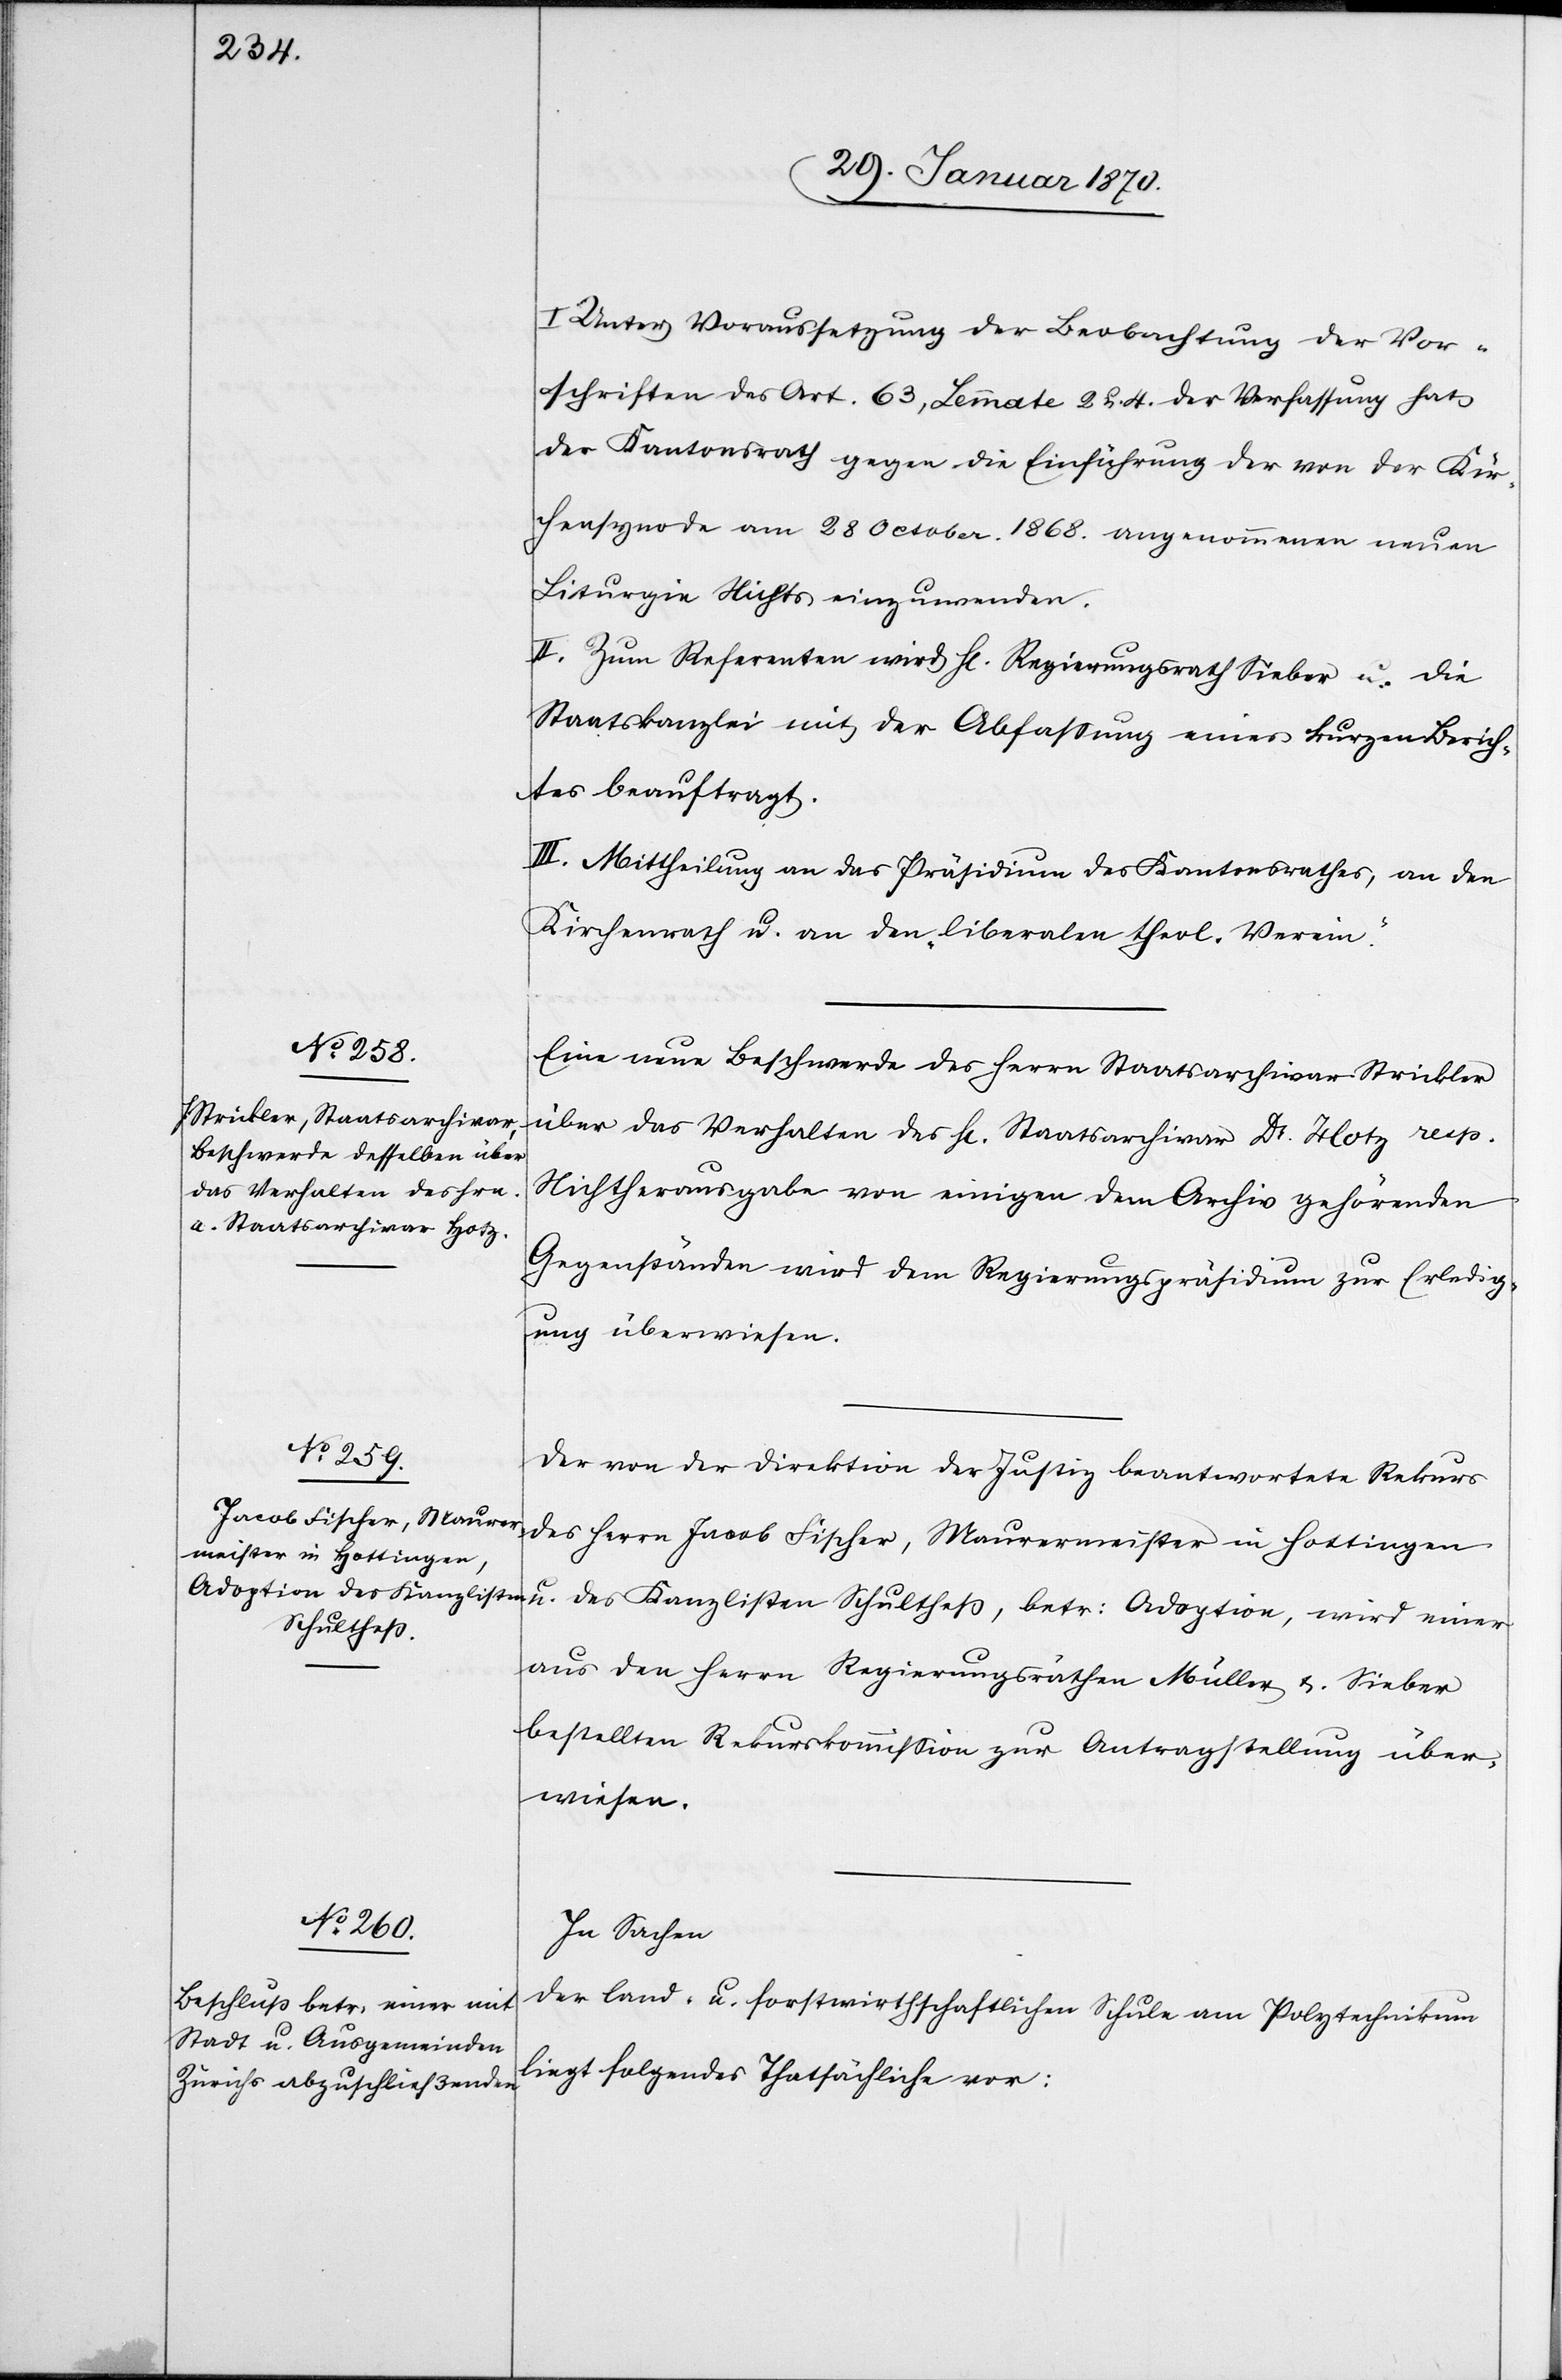
Unter Voraussetzung der Beobachtung der Vor¬
schriften des Art. 63, Lemmate 2 u. 4. der Verfassung hat
der Kantonsrath gegen die Einführung der von der Kir¬
chensynode am 28 Ocotber. 1868. angenommenen neuen
Liturgie Nichts einzuwenden.
II. Zum Referenten wird H[err] Regierungsrath Sieber u. die
Staatskanzlei mit der Abfassung eines kurzen Berich¬
tes beauftragt.
III. Mittheilung an das Präsidium des Kantonsrathes, an den
Kirchenrath u. an den „liberalen theol. Verein.“
Eine neue Beschwerde des Herrn Staatsarchivar Strickler
über das Verhalten des H[errn] Staatsarchivar Dr. Hotz resp.
Nichtherausgabe von einigen dem Archiv gehörenden
u.
Gegenständen wird dem Regierungspräsidium zur Erledig¬
ung überwiesen.
Der von der Direktion der Justiz beantwortete Rekurs
des Herrn Jacob Fischer, Maurermeister in Hottingen
des Kanzlisten Schultheß, betr: Adoption, wird einer
aus den Herrn Regierungsräthen Müller u. Sieber
bestellten Rekurskommission zur Antragstellung über¬
wiesen.
In Sachen
der land- u. forstwirthschaftlichen Schule am Polytechnikum
liegt folgendes Thatsächliche vor: